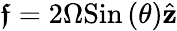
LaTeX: \boldsymbol{\mathfrak{f}}=2\Omega\textrm{{Sin}}\left(\theta\right)\hat{{\mathbf{{z}}}}